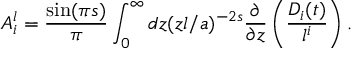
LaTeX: A _ { i } ^ { l } = { \frac { \sin ( \pi s ) } { \pi } } \int _ { 0 } ^ { \infty } d z ( z l / a ) ^ { - 2 s } { \frac { \partial } { \partial z } } \left( { \frac { D _ { i } ( t ) } { l ^ { i } } } \right) .